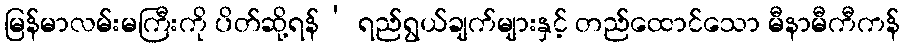
မြန်မာလမ်းမကြီးကို ပိတ်ဆို့ရန်’ ရည်ရွယ်ချက်များနှင့် တည်ထောင်သော မီနာမီကီကန်